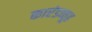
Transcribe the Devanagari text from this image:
कारंडव्यूह